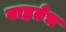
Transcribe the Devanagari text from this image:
वाहतेच